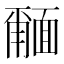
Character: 𮧎